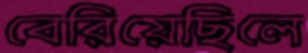
বেরিয়েছিলে